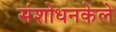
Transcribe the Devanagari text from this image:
संशोधनकेले